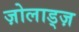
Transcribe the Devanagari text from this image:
ज़ोलाड्ज़